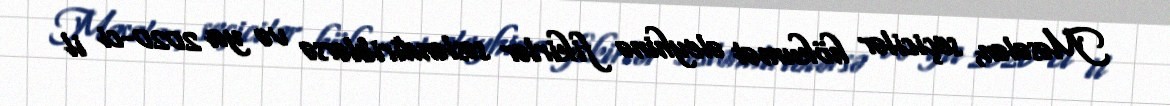
Məsələn, seçicilər hökumət əleyhinə fikirlər səsləndiriblərsə və ya 2020-ci il